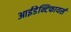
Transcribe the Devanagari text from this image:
आईडेन्टिफायर्स